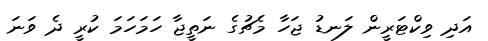
އަދި ވިކްޓަރީން ލަނޑު ޖަހާ މެޗުގެ ނަތީޖާ ހަމަހަމަ ކުރީ ދެ ވަނަ